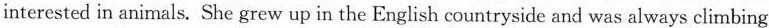
interested in animals. She grew up in the English countryside and was always climbing